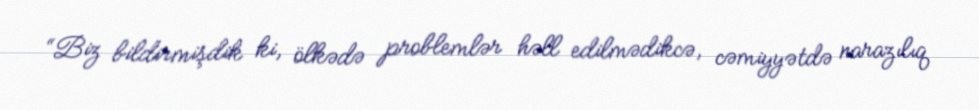
“Biz bildirmişdik ki, ölkədə problemlər həll edilmədikcə, cəmiyyətdə narazılıq